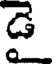
డె